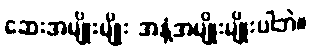
ဆေးအမျိုးမျိုး အနံ့အမျိုးမျိုးပါဘဲ။